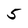
Character: 5